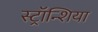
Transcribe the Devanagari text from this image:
स्ट्रॉन्शिया